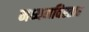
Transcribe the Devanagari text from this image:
मध्यमविस्तार